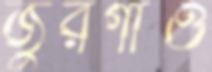
জুরগাঁও